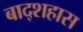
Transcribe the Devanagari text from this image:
बाद्शहास